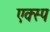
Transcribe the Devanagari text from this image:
एक्स्प